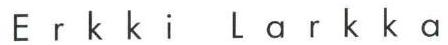
Erkki Larkka